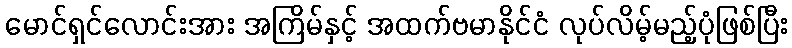
မောင်ရှင်လောင်းအား အကြိမ်နှင့် အထက်ဗမာနိုင်ငံ လုပ်လိမ့်မည့်ပုံဖြစ်ပြီး